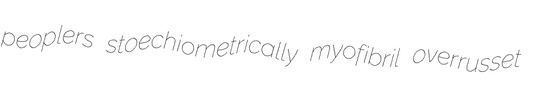
peoplers stoechiometrically myofibril overrusset